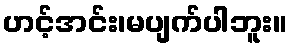
ဟင့်အင်း၊မပျက်ပါဘူး။